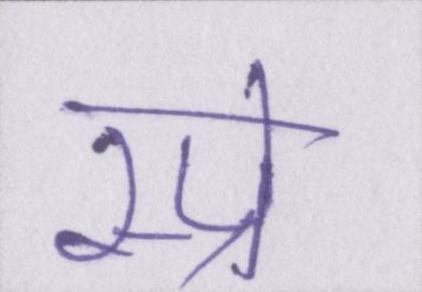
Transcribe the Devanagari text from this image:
स्प्रे